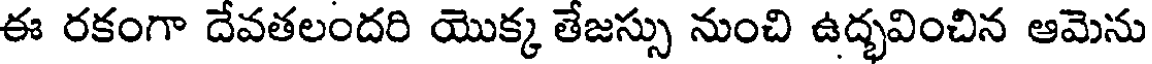
ఈ రకంగా దేవతలందరి యొక్క తేజస్సు నుంచి ఉద్భవించిన ఆమెను